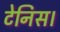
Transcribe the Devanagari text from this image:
टेनिस।